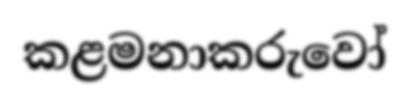
කළමනාකරුවෝ